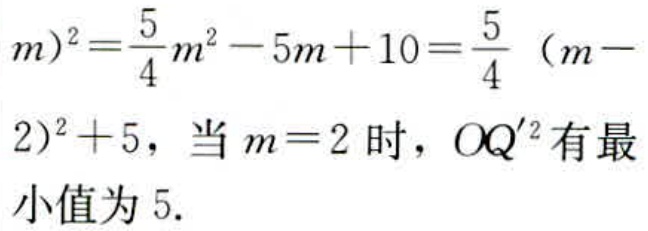
\(m)^{2}=\frac{5}{4}m^{2}-5m + 10=\frac{5}{4}(m - 2)^{2}+5\)，当\(m = 2\)时，\(OQ'^{2}\)有最小值为\(5\).